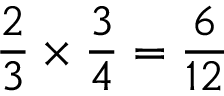
{ \frac { 2 } { 3 } } \times { \frac { 3 } { 4 } } = { \frac { 6 } { 1 2 } }